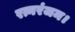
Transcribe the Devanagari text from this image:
रत्नरंजम।